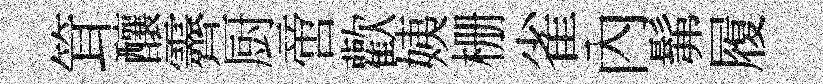
䇯釀霽厨啻歡姨栅雀內髴履